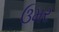
ઉમર